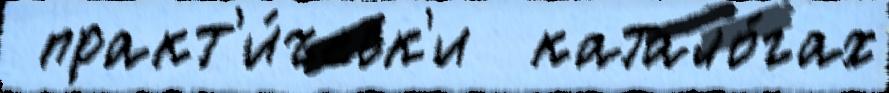
 практ'и́ческ'и  катало́гах